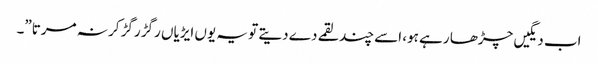
اب دیگیں چڑھا رہے ہو، اسے چند لقمے دے دیتے تو یہ یوں ایڑیاں رگڑ رگڑ کر نہ مرتا”۔